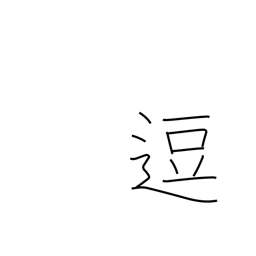
Meaning: stop